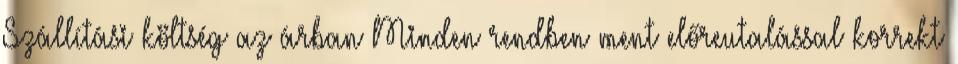
Szállítási költség az árban Minden rendben ment előreutalással korrekt